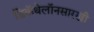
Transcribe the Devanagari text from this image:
डिकॅथेलॉनसारखी